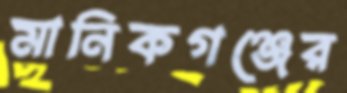
মানিকগঞ্জের